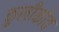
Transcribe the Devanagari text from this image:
कुलीकोव